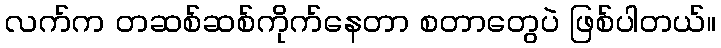
လက်က တဆစ်ဆစ်ကိုက်နေတာ စတာတွေပဲ ဖြစ်ပါတယ်။